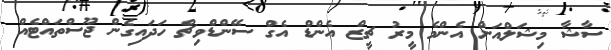
ސާޝާ މިޝަލްއަށް އެންމެ މީރު ޗީޒް އެންޑް އެގް ސޭންޑްވިޗް ހަދައިގެން ޖޫސްތައްޓެއް